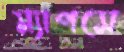
ম্যাপসে